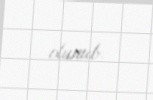
olunub.